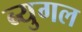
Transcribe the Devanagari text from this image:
ब्युगल